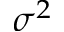
\sigma ^ { 2 }